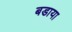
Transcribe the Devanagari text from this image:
बडाया